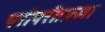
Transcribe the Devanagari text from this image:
परोपरी।प्रजा